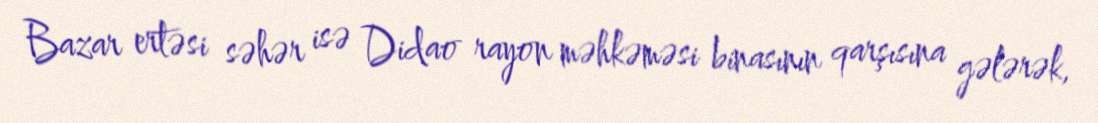
Bazar ertəsi səhər isə Didao rayon məhkəməsi binasının qarşısına gələrək,